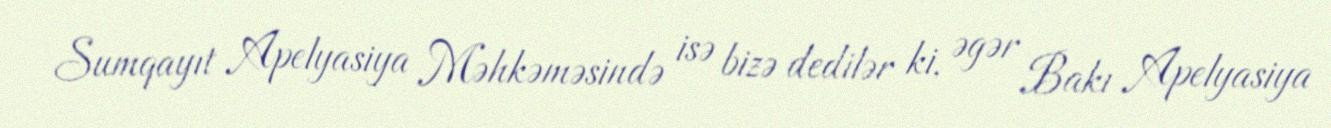
Sumqayıt Apelyasiya Məhkəməsində isə bizə dedilər ki, əgər Bakı Apelyasiya